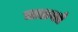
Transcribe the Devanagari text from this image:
चाळवते